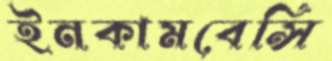
ইনকামবেন্সি